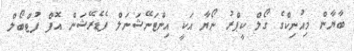
ބާޔާން މިއުނިކްގެ ގޯލް ކީޕްރު ނޯޔާ އަކީ އިންޓަނޭޝަނަލް ފެޑެރޭޝަން އޮފް ފުޓްބޯލް